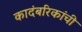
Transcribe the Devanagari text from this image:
कादंबरिकांची